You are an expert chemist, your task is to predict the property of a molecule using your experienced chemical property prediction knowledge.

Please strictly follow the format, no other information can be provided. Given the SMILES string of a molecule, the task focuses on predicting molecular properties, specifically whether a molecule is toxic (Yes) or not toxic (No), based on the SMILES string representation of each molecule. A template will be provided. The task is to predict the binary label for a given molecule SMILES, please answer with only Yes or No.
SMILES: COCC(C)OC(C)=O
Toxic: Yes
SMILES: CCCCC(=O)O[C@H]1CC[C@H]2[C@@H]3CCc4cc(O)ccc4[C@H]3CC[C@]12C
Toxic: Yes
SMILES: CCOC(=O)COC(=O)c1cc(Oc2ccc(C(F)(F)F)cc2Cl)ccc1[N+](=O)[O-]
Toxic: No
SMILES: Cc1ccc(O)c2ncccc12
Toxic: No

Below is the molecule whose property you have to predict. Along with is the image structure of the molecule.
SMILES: CC(=O)/C=C/C1C(C)=CCC(C)C1(C)C
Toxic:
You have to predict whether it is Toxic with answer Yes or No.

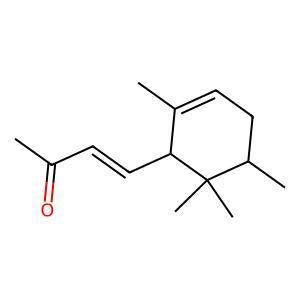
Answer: No